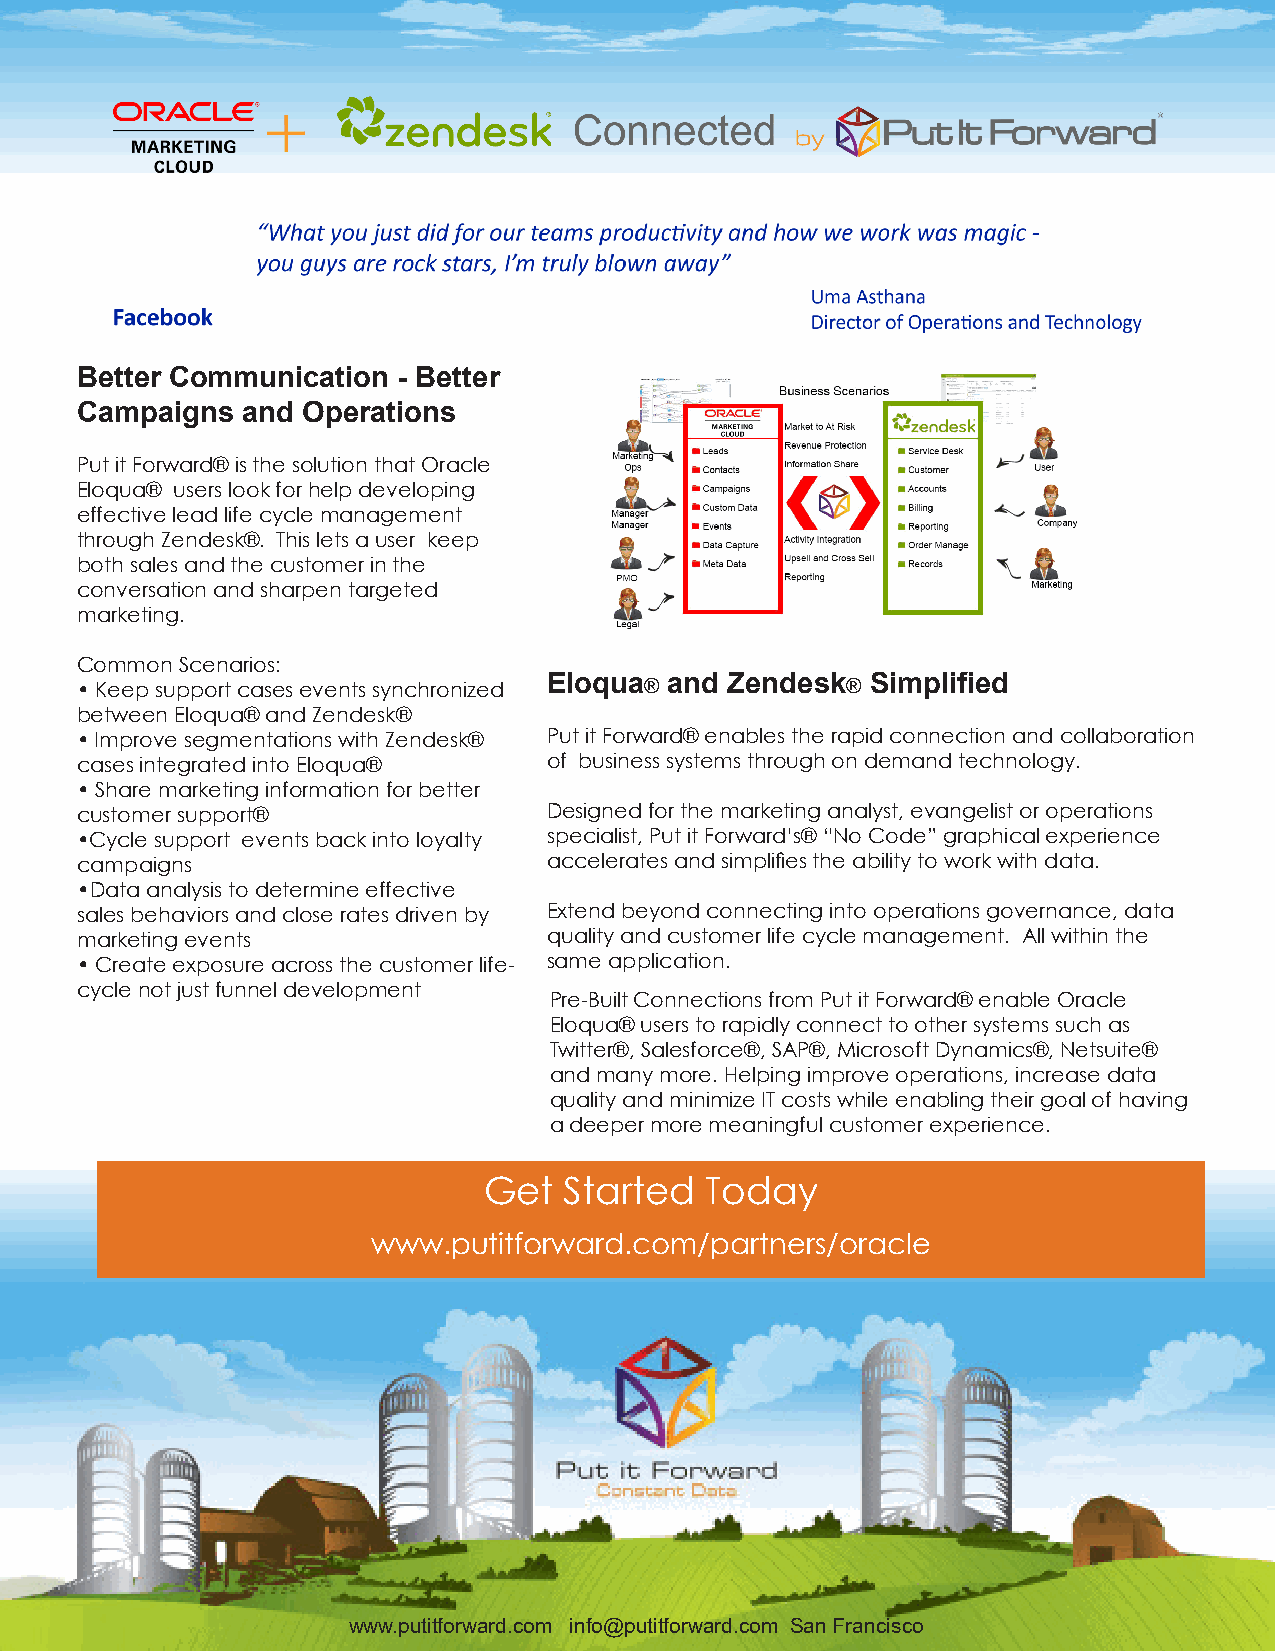
Better Communication - Better
 Campaigns  and Operations
 Put it Forward® is the solution that Oracle
 Eloqua® users look for help developing
 effective lead life cycle management
 through Zendesk®. This lets a user keep
 both sales and the customer in the
 conversation and sharpen targeted
 marketing.
 Common Scenarios:
 • Keep support cases events synchronized
 Eloqua® and Zendesk®  Simplified
 between Eloqua® and Zendesk®
 • Improve segmentations with Zendesk® Put it Forward® enables the rapid connection and collaboration
 cases integrated into Eloqua®  of business systems through on demand technology.
 • Share marketing information for better
 customer support®              Designed for the marketing analyst, evangelist or operations
 •Cycle support events back into loyalty specialist, Put it Forward’s® “No Code” graphical experience
 campaigns                      accelerates and simplifies the ability to work with data.
 •Data analysis to determine effective
 sales behaviors and close rates driven by Extend beyond connecting into operations governance, data
 marketing events               quality and customer life cycle management. All within the
 • Create exposure across the customer life- same application.
 cycle not just funnel development
 Pre-Built Connections from Put it Forward® enable Oracle
 Eloqua® users to rapidly connect to other systems such as
 Twitter®, Salesforce®, SAP®, Microsoft Dynamics®, Netsuite®
 and many more. Helping improve operations, increase data
 quality and minimize IT costs while enabling their goal of having
 a deeper more meaningful customer experience.
 Get  Started   Today
 www.putitforward.com/partners/oracle
 www.putitforward.com info@putitforward.com San Francisco